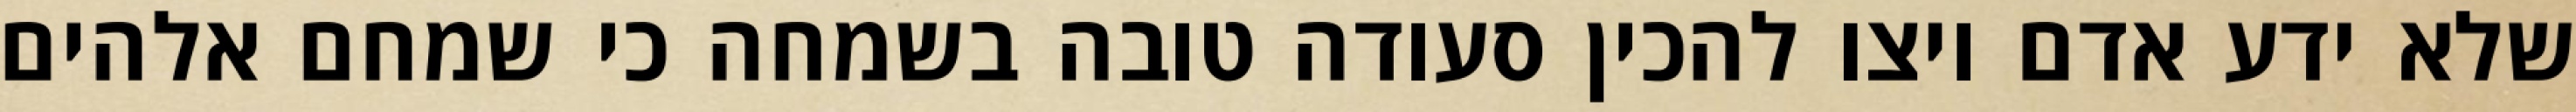
שלא ידע אדם ויצו להכין סעודה טובה בשמחה כי שמחם אלהים